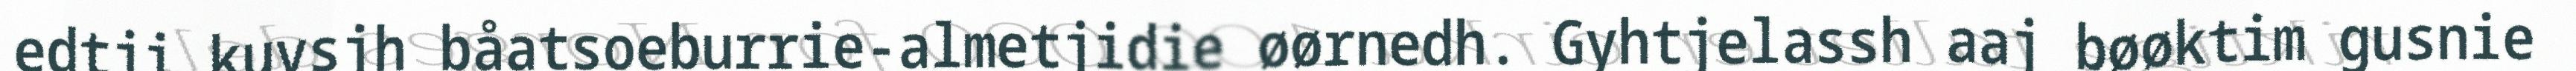
edtji kuvsjh båatsoeburrie-almetjidie øørnedh. Gyhtjelassh aaj bøøktim gusnie